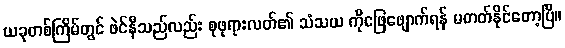
ယခုတစ်ကြိမ်တွင် ဖဲင်နီသည်လည်း စုဖုရားလတ်၏ သံသယ ကိုဖြေဖျောက်ရန် မတတ်နိုင်တော့ပြီ။